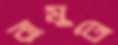
রামুতে